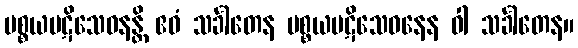
ပစ္စယပဋိသေဝနန္တိ ဧဝံ သင်္ခါတေန ပစ္စယပဋိသေဝနေန ဝါ သင်္ခါတေန။